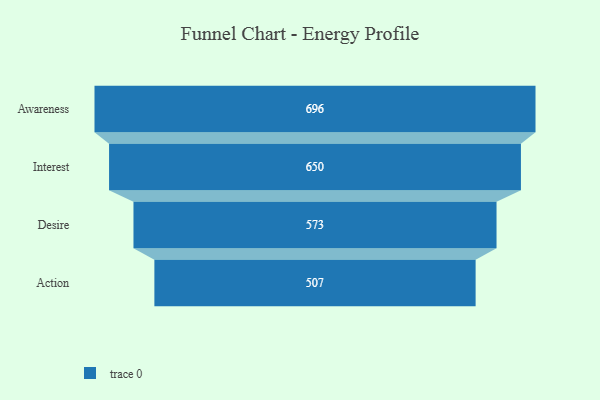
{"axis": {"x": "Stage", "y": "Value"}, "legend": [""], "data": [{"x": "Awareness", "y": 696.0, "type": ""}, {"x": "Interest", "y": 650.0, "type": ""}, {"x": "Desire", "y": 573.0, "type": ""}, {"x": "Action", "y": 507.0, "type": ""}]}